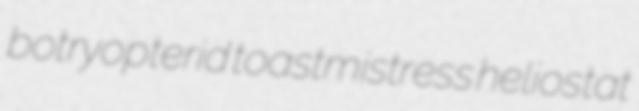
botryopterid toastmistress heliostat